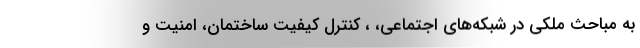
به مباحث ملكي در شبكه‌هاي اجتماعي، ، كنترل كيفيت ساختمان، امنيت و